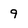
Character: 9